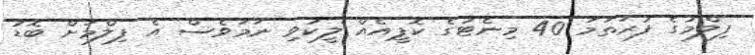
ފިލްމުގެ ފުރަތަމަ 40 މިނެޓުގެ ކޮޕީއެއް ލީކުވި ނަމަވެސް އެ ފިލްމަށް ބޮޑު